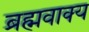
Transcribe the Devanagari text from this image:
ब्रह्मवाक्‍य